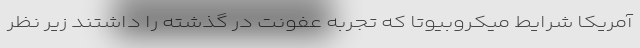
آمریکا شرایط میکروبیوتا که تجربه عفونت در گذشته را داشتند زیر نظر